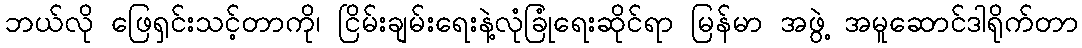
ဘယ်လို ဖြေရှင်းသင့်တာကို၊ ငြိမ်းချမ်းရေးနဲ့လုံခြုံရေးဆိုင်ရာ မြန်မာ အဖွဲ့ အမူဆောင်ဒါရိုက်တာ